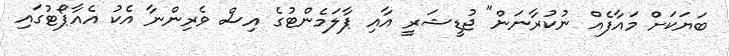
ބަޔަކަށް މައާފެއް ނުކުރާނަން" ޖުޑީޝަރީ އާއި ޕާލަމެންޓުގެ އިސް ވެރިންނާ އެކު އެއާޕޯޓުގައި